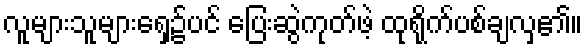
လူများသူများရှေ့၌ပင် ပြေးဆွဲကုတ်ဖဲ့ ထုရိုက်ပစ်ချလှ၏။